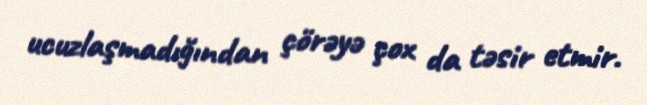
ucuzlaşmadığından çörəyə çox da təsir etmir.